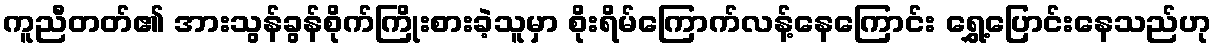
ကူညီတတ်၏ အားသွန်ခွန်စိုက်ကြိုးစားခဲ့သူမှာ စိုးရိမ်ကြောက်လန့်နေကြောင်း ရွှေ့ပြောင်းနေသည်ဟု